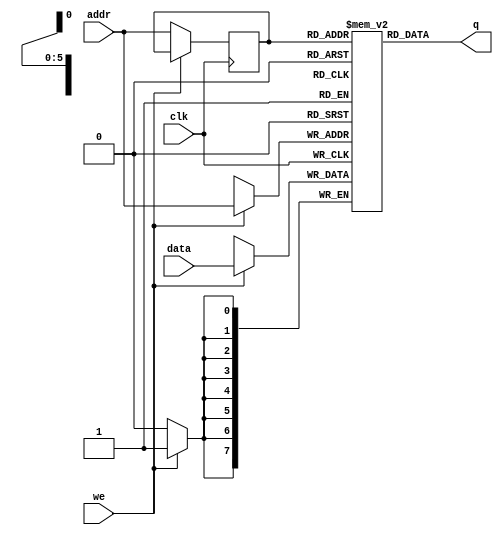
`timescale 1ns / 1ps

module single_port_ram(
    input [7:0] data,
    input [5:0] addr,
    input we,
    input clk,
    output [7:0] q
    );
    
    reg [7:0] ram[63:0];
    reg [5:0]addr_reg;
    
    
    always @(posedge clk)
    begin
        if(we)
            ram[addr] <= data;
        else
        addr_reg <= addr;
    end
    
    assign q = ram[addr_reg];
        
endmodule